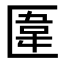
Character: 𠥎